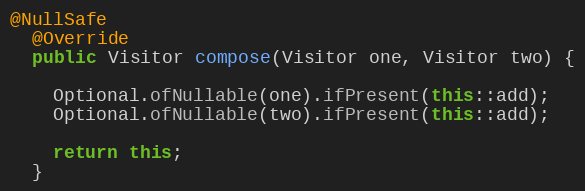
Language: Java
@NullSafe
  @Override
  public Visitor compose(Visitor one, Visitor two) {

    Optional.ofNullable(one).ifPresent(this::add);
    Optional.ofNullable(two).ifPresent(this::add);

    return this;
  }